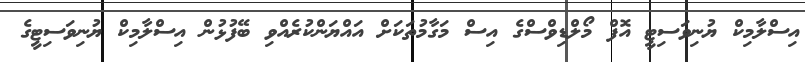
އިސްލާމިކް ޔުނިވަސިޓީ އޮފް މޯލްޑިވްސްގެ އިސް މަގާމުތަކަށް އައްޔަންކުރެއްވި ބޭފުޅުން އިސްލާމިކް ޔުނިވަސިޓީގެ